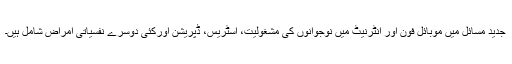
جدید مسائل میں موبائل فون اور انٹرنیٹ میں نوجوانوں کی مشغولیت، اسٹریس، ڈپریشن اورکئی دوسرے نفسیاتی امراض شامل ہیں۔